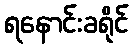
ရနောင်းခရိုင်